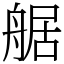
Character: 艍